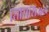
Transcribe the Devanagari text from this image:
सिंसिशिअल